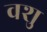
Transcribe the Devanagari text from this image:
वशु